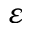
\varepsilon